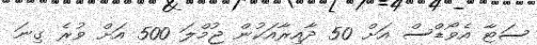
ސަޓާ އެވޯޑްސް އަށް 50 ދާއިރާއަކުން ޖުމްލަ 500 އަށް ވުރެ ގިނަ